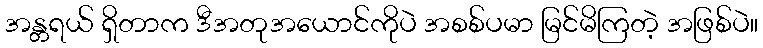
အန္တရယ် ရှိတာက ဒီအတုအယောင်ကိုပဲ အစစ်ပမာ မြင်မိကြတဲ့ အဖြစ်ပဲ။